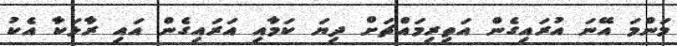
މަންމަ އޭނަ އުރައިގެން އަތިރިމައްޗަށް ދިޔަ ކަމާއި އަރައިގެން އައި ރާޅަކާ އެކު